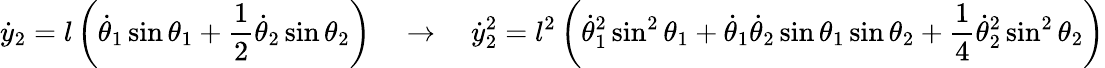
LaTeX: {\dot{y}}_{2}=l\left({\dot{\theta}}_{1}\sin\theta_{1}+{\frac{1}{2}}{\dot{\theta}}_{2}\sin\theta_{2}\right)\quad\rightarrow\quad{\dot{y}}_{2}^{2}=l^{2}\left({\dot{\theta}}_{1}^{2}\sin^{2}\theta_{1}+{\dot{\theta}}_{1}{\dot{\theta}}_{2}\sin\theta_{1}\sin\theta_{2}+{\frac{1}{4}}{\dot{\theta}}_{2}^{2}\sin^{2}\theta_{2}\right)